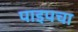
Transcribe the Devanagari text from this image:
पाइपचा